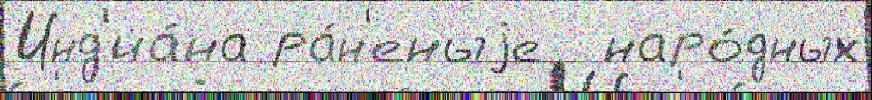
Инд'иа́на ра́н'еныjе  наро́дных